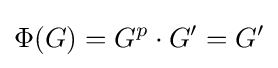
\Phi (G)=G^{p}\cdot G'=G'